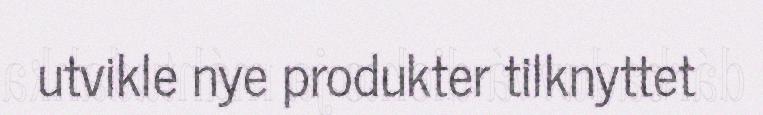
utvikle nye produkter tilknyttet